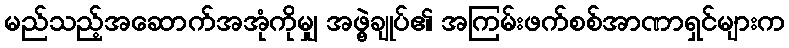
မည်သည့်အဆောက်အအုံကိုမျှ အဖွဲ့ချုပ်၏ အကြမ်းဖက်စစ်အာဏာရှင်များက